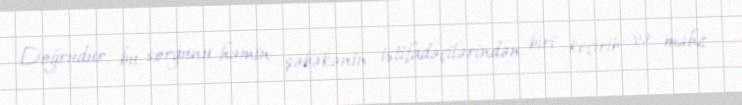
Doğrudur, bu sorğunu həmin şəbəkənin istifadəçilərindən biri keçirib və məhz